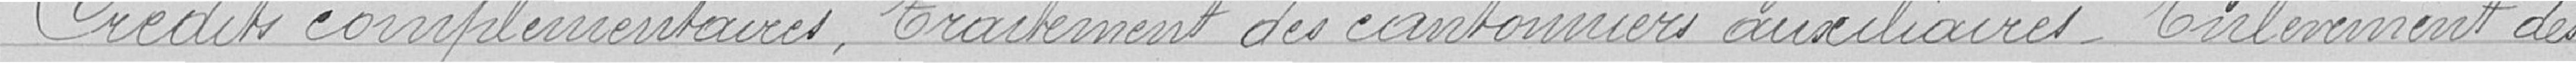
Crédits complémentaires, traitement des cantonniers auxiliaires - Enlèvement des